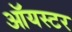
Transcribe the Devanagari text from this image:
ऑयस्टर